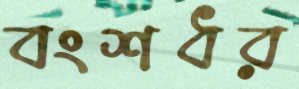
বংশধর